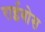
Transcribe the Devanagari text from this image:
राईबोस